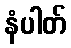
နံပါတ်